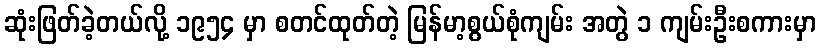
ဆုံးဖြတ်ခဲ့တယ်လို့ ၁၉၅၄ မှာ စတင်ထုတ်တဲ့ မြန်မာ့စွယ်စုံကျမ်း အတွဲ ၁ ကျမ်းဦးစကားမှာ